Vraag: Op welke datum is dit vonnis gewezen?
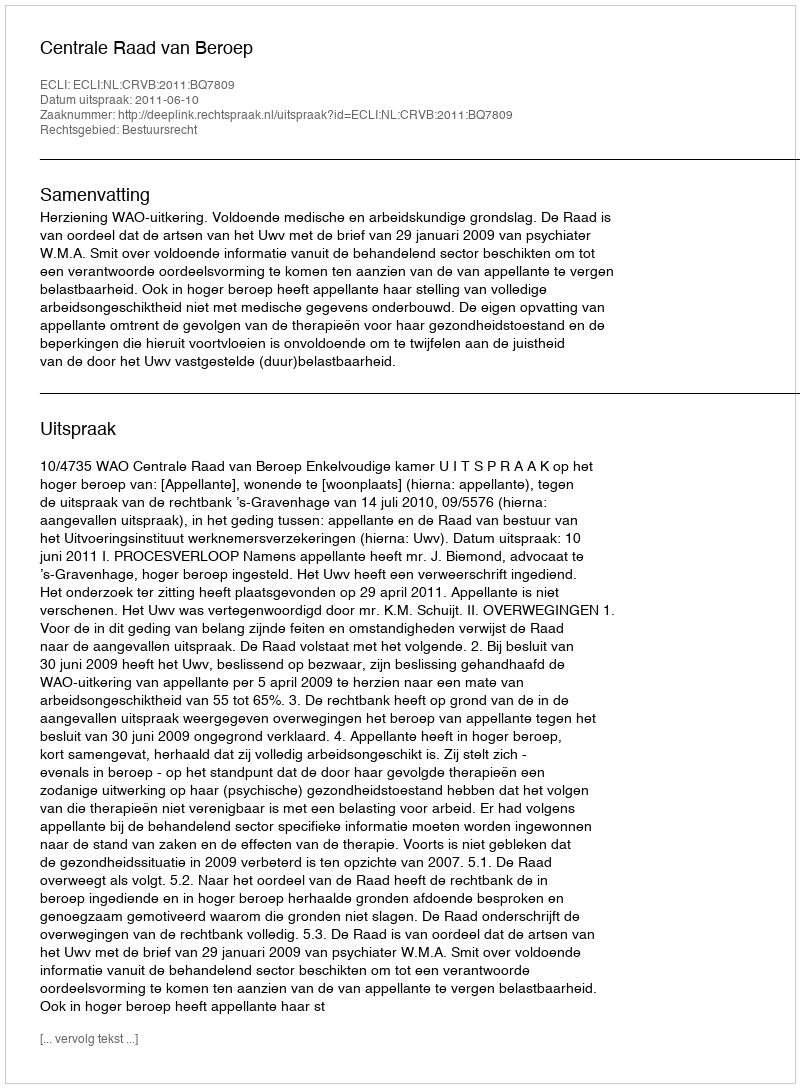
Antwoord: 2011-06-10